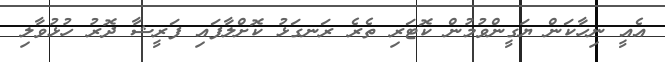
އެއީ ނިހާކަން ޔަގީންވުމުން ކޮޓަރި ތެރެ ރަނގަޅު ކޮށްލާފައި ފަރީޝާ ދޮރު ހުޅުވާލި